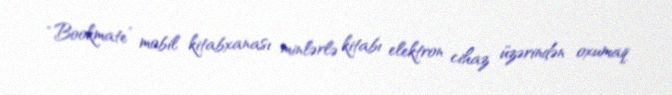
“Bookmate” mobil kitabxanası minlərlə kitabı elektron cihaz üzərindən oxumaq